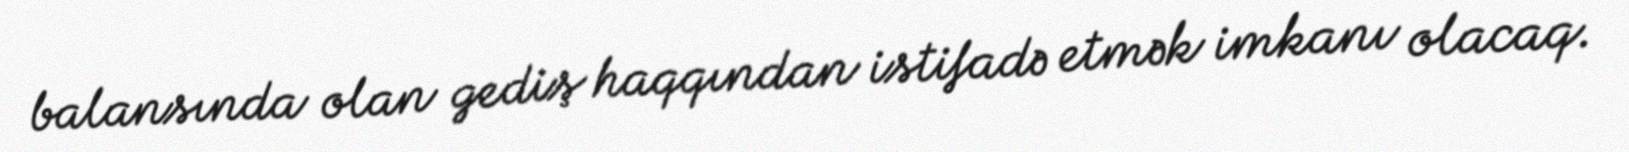
balansında olan gediş haqqından istifadə etmək imkanı olacaq.